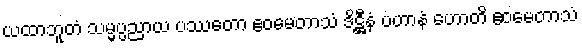
ယထာဘူတံ သမ္မပ္ပညာယ ပဿတော ဧဝမေတာသံ ဒိဋ္ဌီနံ ပဟာနံ ဟောတိ ဧဝမေတာသံ